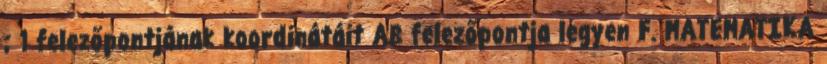
; 1 felezőpontjának koordinátáit AB felezőpontja legyen F. MATEMATIKA